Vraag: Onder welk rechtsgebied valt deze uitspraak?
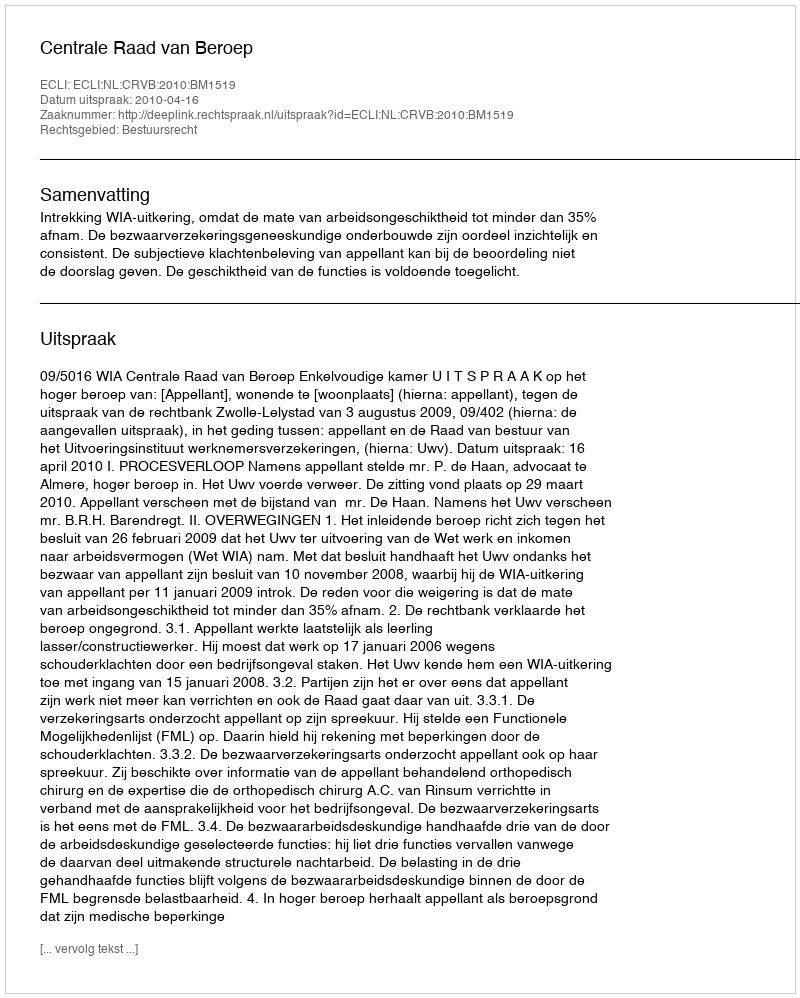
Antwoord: Bestuursrecht